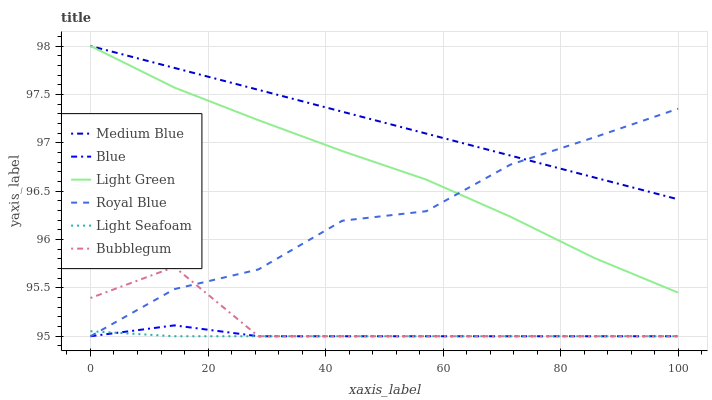
| xaxis_label | Medium Blue | Blue | Light Green | Royal Blue | Light Seafoam | Bubblegum |
 | --- | --- | --- | --- | --- | --- | --- |
 | 0 | 98 | 95 | 98 | 95 | 95.1 | 95.4 |
 | 14.3 | 97.8 | 95.1 | 97.6 | 95.5 | 95 | 95.7 |
 | 28.6 | 97.5 | 95 | 97.2 | 95.7 | 95 | 95 |
 | 42.9 | 97.3 | 95 | 96.9 | 96.2 | 95 | 95 |
 | 57.1 | 97.1 | 95 | 96.6 | 96.3 | 95 | 95 |
 | 71.4 | 96.9 | 95 | 96.2 | 96.8 | 95 | 95 |
 | 85.7 | 96.6 | 95 | 95.8 | 97.1 | 95 | 95 |
 | 100 | 96.4 | 95 | 95.5 | 97.4 | 95 | 95 |